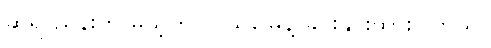
ဆရာညိန်းက မယ့်ကို လယ်မြေနဲ့ ခိုင်းနှိုင်းထားပါတယ်။